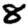
Digit: 8